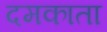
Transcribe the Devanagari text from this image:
दमकाता